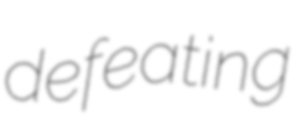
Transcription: defeating